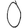
Digit: 0